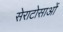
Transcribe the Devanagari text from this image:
सेराटोसाओं